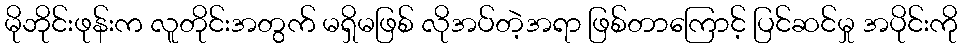
မိုဘိုင်းဖုန်းက လူတိုင်းအတွက် မရှိမဖြစ် လိုအပ်တဲ့အရာ ဖြစ်တာကြောင့် ပြင်ဆင်မှု အပိုင်းကို